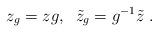
LaTeX: \begin{align*}z_{g}=zg , \; \; \tilde{z}_{g}=g^{-1}\tilde{z} \;.\end{align*}